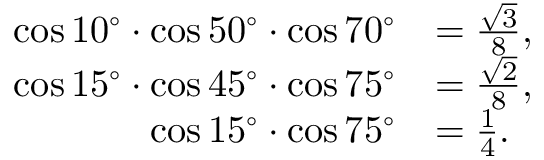
{ \begin{array} { r l } { \cos 1 0 ^ { \circ } \cdot \cos 5 0 ^ { \circ } \cdot \cos 7 0 ^ { \circ } } & { = { \frac { \sqrt { 3 } } { 8 } } , } \\ { \cos 1 5 ^ { \circ } \cdot \cos 4 5 ^ { \circ } \cdot \cos 7 5 ^ { \circ } } & { = { \frac { \sqrt { 2 } } { 8 } } , } \\ { \cos 1 5 ^ { \circ } \cdot \cos 7 5 ^ { \circ } } & { = { \frac { 1 } { 4 } } . } \end{array} }